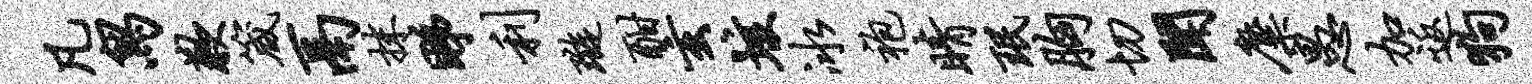
凡舄歉箴鬲抹睇利璇酣玄垓冰袍睛珉胸切闻麋愚加返狗